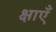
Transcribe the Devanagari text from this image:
क्षाएँ